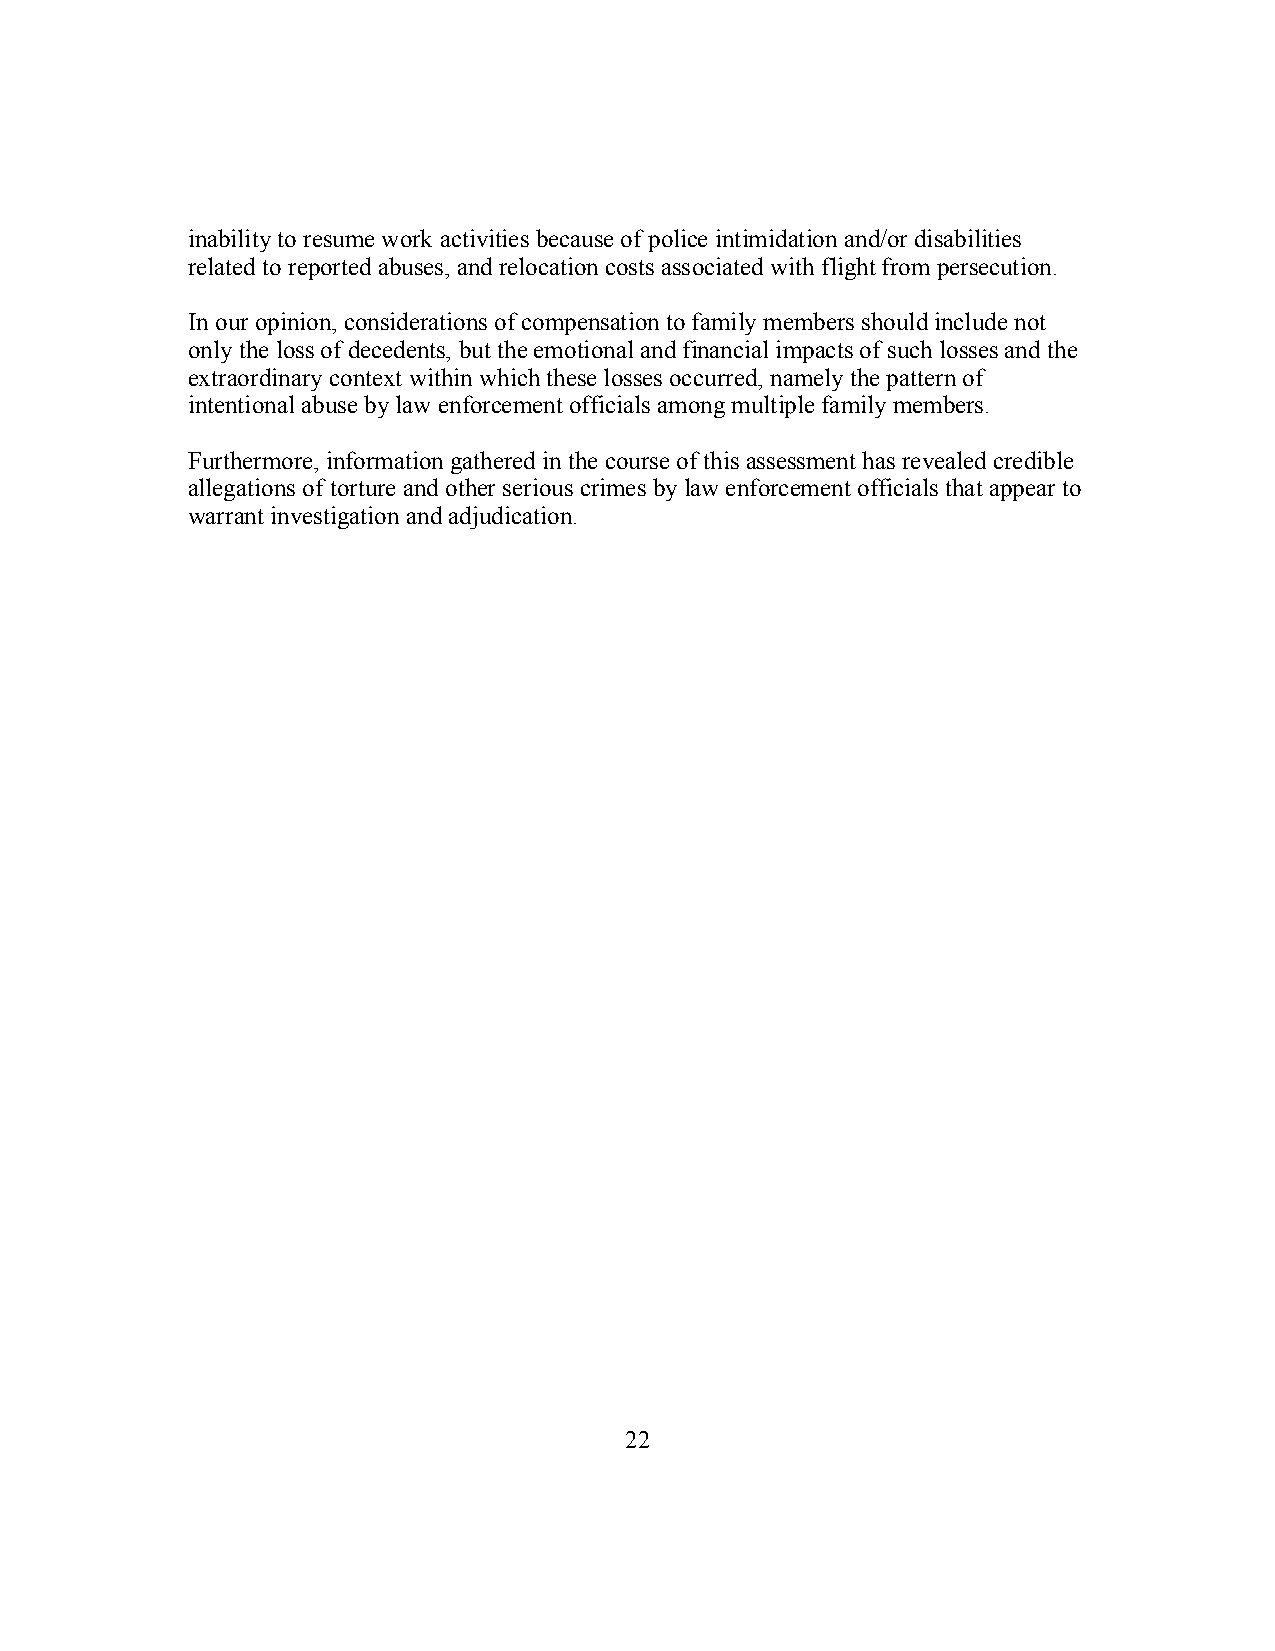
inability to resume work activities because of police intimidation and/or disabilities
 related to reported abuses, and relocation costs associated with flight from persecution.
 In our opinion, considerations of compensation to family members should include not
 only the loss of decedents, but the emotional and financial impacts of such losses and the
 extraordinary context within which these losses occurred, namely the pattern of
 intentional abuse by law enforcement officials among multiple family members.
 Furthermore, information gathered in the course of this assessment has revealed credible
 allegations of torture and other serious crimes by law enforcement officials that appear to
 warrant investigation and adjudication.
 22